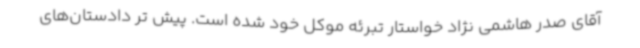
آقای صدر هاشمی نژاد خواستار تبرئه موکل خود شده است. پیش تر دادستان‌های